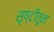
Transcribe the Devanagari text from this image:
सृष्टीतून